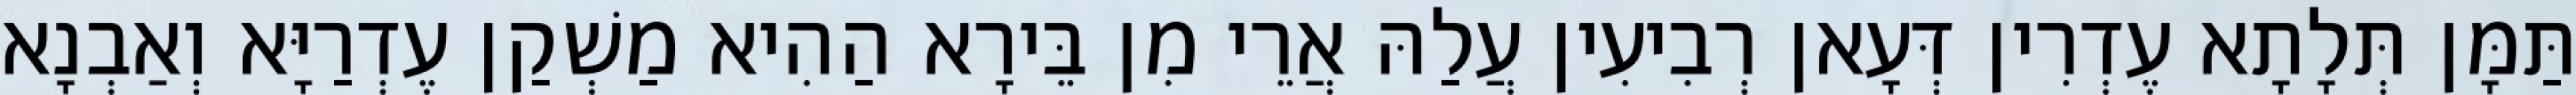
תַּמָּן תְּלָתָא עֶדְרִין דְּעָאן רְבִיעִין עֲלַהּ אֲרֵי מִן בֵּירָא הַהִיא מַשְׁקַן עֶדְרַיָּא וְאַבְנָא